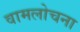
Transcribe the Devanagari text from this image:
वामलोचना